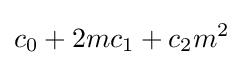
c_{0}+2mc_{1}+c_{2}m^{2}